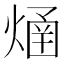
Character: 𤌐